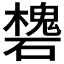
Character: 𥖸